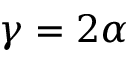
\gamma = 2 \alpha